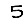
Digit: 5